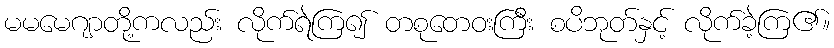
မမမေဂျာတို့ကလည်း လိုက်ရဲကြ၍ တစုတေဝးကြီး စပိဘုတ်နှင့် လိုက်ခဲ့ကြ၏။